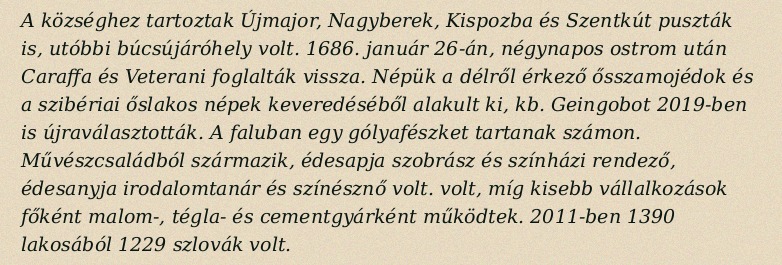
A községhez tartoztak Újmajor, Nagyberek, Kispozba és Szentkút puszták is, utóbbi búcsújáróhely volt. 1686. január 26-án, négynapos ostrom után Caraffa és Veterani foglalták vissza. Népük a délről érkező ősszamojédok és a szibériai őslakos népek keveredéséből alakult ki, kb. Geingobot 2019-ben is újraválasztották. A faluban egy gólyafészket tartanak számon. Művészcsaládból származik, édesapja szobrász és színházi rendező, édesanyja irodalomtanár és színésznő volt. volt, míg kisebb vállalkozások főként malom-, tégla- és cementgyárként működtek. 2011-ben 1390 lakosából 1229 szlovák volt.